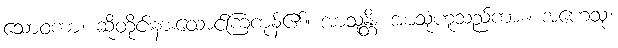
သောဝကာ၊ ဆိုတိုင်းနားထောင်ကြကုန်၏။ အာသုန္တိ၊ အာသုံဟူသည်ကား။ အဟေသုံ၊